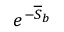
e ^ { - \overline { { S } } _ { b } }